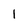
Character: 1